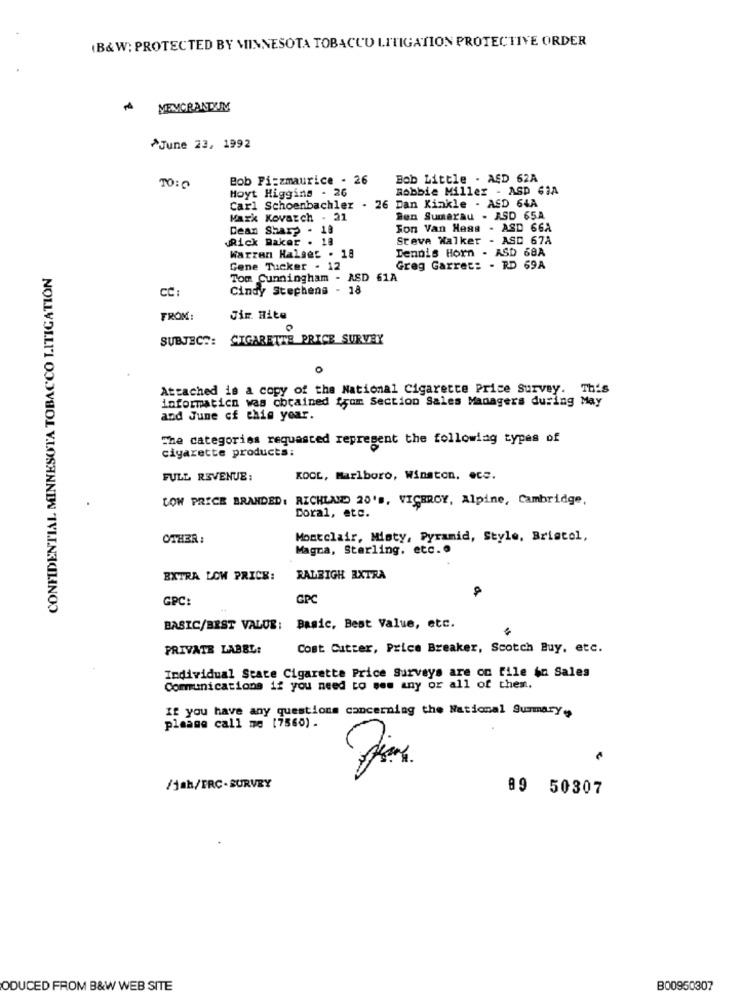
(B&W; PROTECTED BY MINNESOTA TOBACCO LITIGATION PROTECTIVE ORDER
MEMORANDUM
^June 23, 1992
Bob Fi:zmaurice - 26
Bob Little - ASD 62A
TO: 0
Hoyt Higgins - 26
Robbie Miller - ASD 61A
Carl Schoenbachler . 26 Dan Kinkle - ASD 64A
Mark Kovatch - 21
Ben Sumarau - ASD 65A
Dean Sharp . 19
Son Van Hags - ASD 66A
Rick Baker . 18
Steve Walker - ASD 67A
Dennis Horn - ASD 68A
Warzen Halger . 18
CONFIDENTIAL MINNESOTA TOBACCO LITIGATION
Gene Tucker . 12
Greg Garret: - RD 69A
Tom Cunningham - ASD 61A
CC
Cindy Stephens - 18
FROM:
Jir. Hite
SUBJECT: CIGARETTE PRICE SURVEY
o
Attached is a copy of the National Cigarette Price Survey. This
informatica was obtained from Section Sales Managers during May
and June of this year.
The categories requested represent the following types of
cigarette products:
FULL REVENUE:
KOOL, Marlboro, Winston, ecc.
LOW PRICE BRANDED: RICHLAND 20'S, VICEROY, Alpine, Cambridge,
Coral, etc.
OTHER:
Montclair, Misty, Pyramid, Style, Bristol,
Magna, Sterling. etc. @
BXTRA LOW PRICE:
RALEIGH EXTRA
GPC:
GPC
BASIC/BEST VALUE: Basic, Best Value, etc.
PRIVATE LABEL:
Cost Cutter, Price Breaker, Scotch Buy, etc.
Individual State Cigarette Price Surveys are on file in Sales
Communications if you need to ses any or all of them.
If you have any questions concerning the National Summary .,
please call me [7560) .
/jah/FRC-SURVEY
89 50307
ODUCED FROM B&W WEB SITE
B00950307